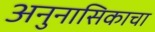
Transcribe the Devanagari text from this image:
अनुनासिकाचा